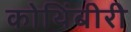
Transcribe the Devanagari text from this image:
कोथिंबीरी